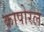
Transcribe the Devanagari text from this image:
कापोरल